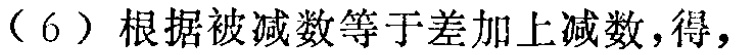
（6）根据被减数等于差加上减数，得，